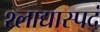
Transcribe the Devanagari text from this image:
श्लाद्यास्पदं